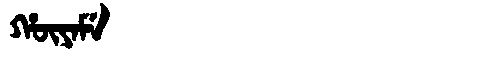
Manchu: ᡥᡡᠶᠠᠮᡝ
Romanization: HŪYAME